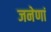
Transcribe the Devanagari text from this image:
जनेणां